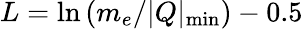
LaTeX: L=\ln{(m_{e}/\vert Q\vert_{\mathrm{min}})}-0.5